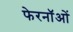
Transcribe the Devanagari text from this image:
फेरनॉओं